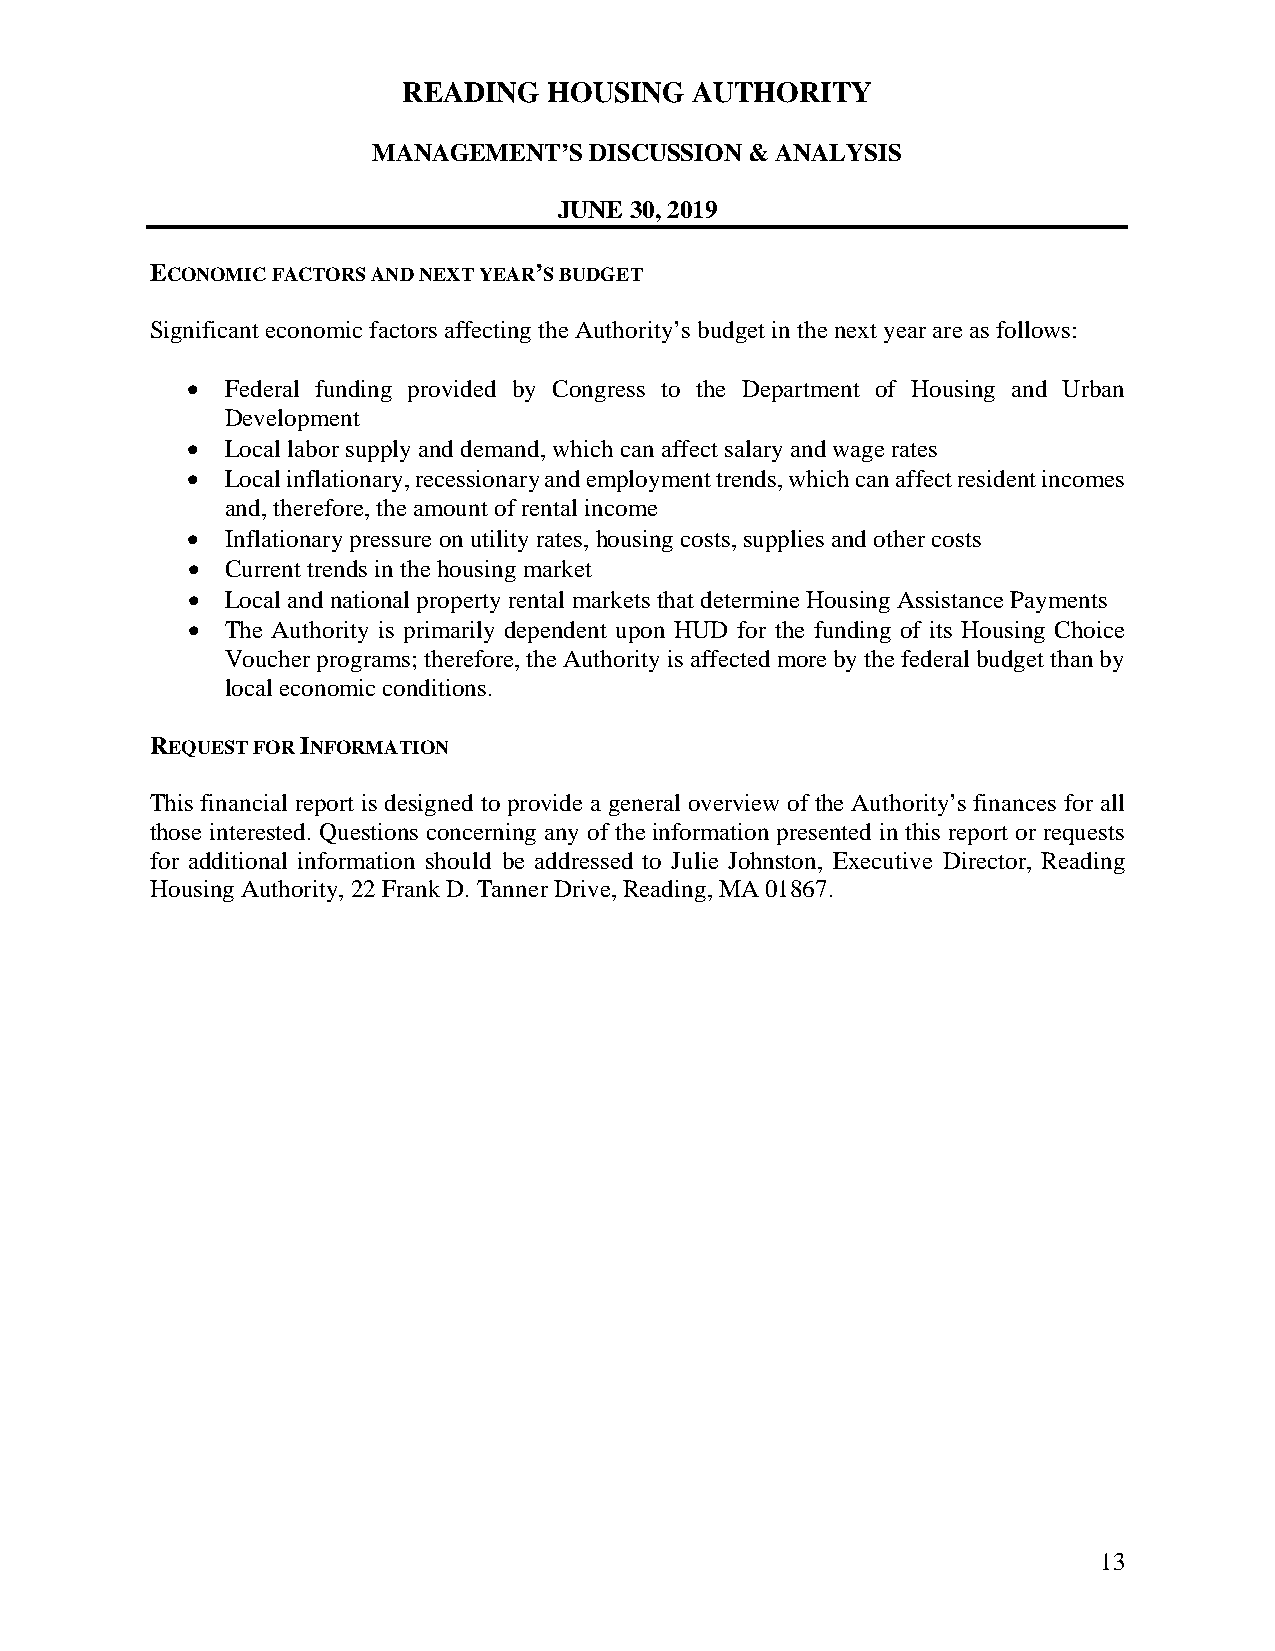
READING  HOUSING   AUTHORITY
 MANAGEMENT’S  DISCUSSION & ANALYSIS
 JUNE 30, 2019
 ECONOMIC FACTORS AND NEXT YEAR’S BUDGET
 Significant economic factors affecting the Authority’s budget in the next year are as follows:
   Federal funding provided by Congress to the Department of Housing and Urban
 Development
   Local labor supply and demand, which can affect salary and wage rates
   Local inflationary, recessionary and employment trends, which can affect resident incomes
 and, therefore, the amount of rental income
   Inflationary pressure on utility rates, housing costs, supplies and other costs
   Current trends in the housing market
   Local and national property rental markets that determine Housing Assistance Payments
   The Authority is primarily dependent upon HUD for the funding of its Housing Choice
 Voucher programs; therefore, the Authority is affected more by the federal budget than by
 local economic conditions.
 REQUEST FOR INFORMATION
 This financial report is designed to provide a general overview of the Authority’s finances for all
 those interested. Questions concerning any of the information presented in this report or requests
 for additional information should be addressed to Julie Johnston, Executive Director, Reading
 Housing Authority, 22 Frank D. Tanner Drive, Reading, MA 01867.
 13